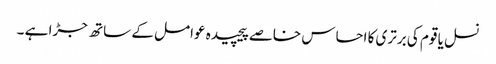
نسل یا قوم کی برتری کا احساس خاصے پیچیدہ عوامل کے ساتھ جڑا ہے ۔